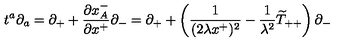
t ^ { a } \partial _ { a } = \partial _ { + } + \frac { \partial x _ { A } ^ { - } } { \partial x ^ { + } } \partial _ { - } = \partial _ { + } + \left( \frac { 1 } { ( 2 \lambda x ^ { + } ) ^ { 2 } } - { \frac { 1 } { \lambda ^ { 2 } } } \widetilde { T } _ { + + } \right) \partial _ { - }